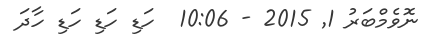
ނޮވެމްބަރު 1